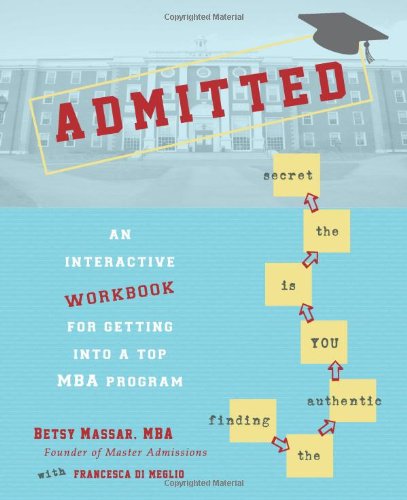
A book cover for Admitted: An Interactive Workbook for Getting Into a Top MBA Program; Betsy Massar MBA; Business & Money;